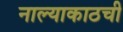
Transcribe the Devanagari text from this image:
नाल्याकाठची